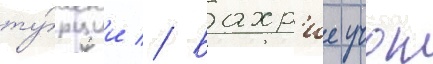
ту́рции // Бахр'ие учок